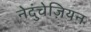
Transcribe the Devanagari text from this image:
नेदुंचेज़ियन